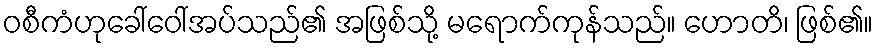
ဝစီကံဟုခေါ်ဝေါ်အပ်သည်၏ အဖြစ်သို့ မရောက်ကုန်သည်။ ဟောတိ၊ ဖြစ်၏။